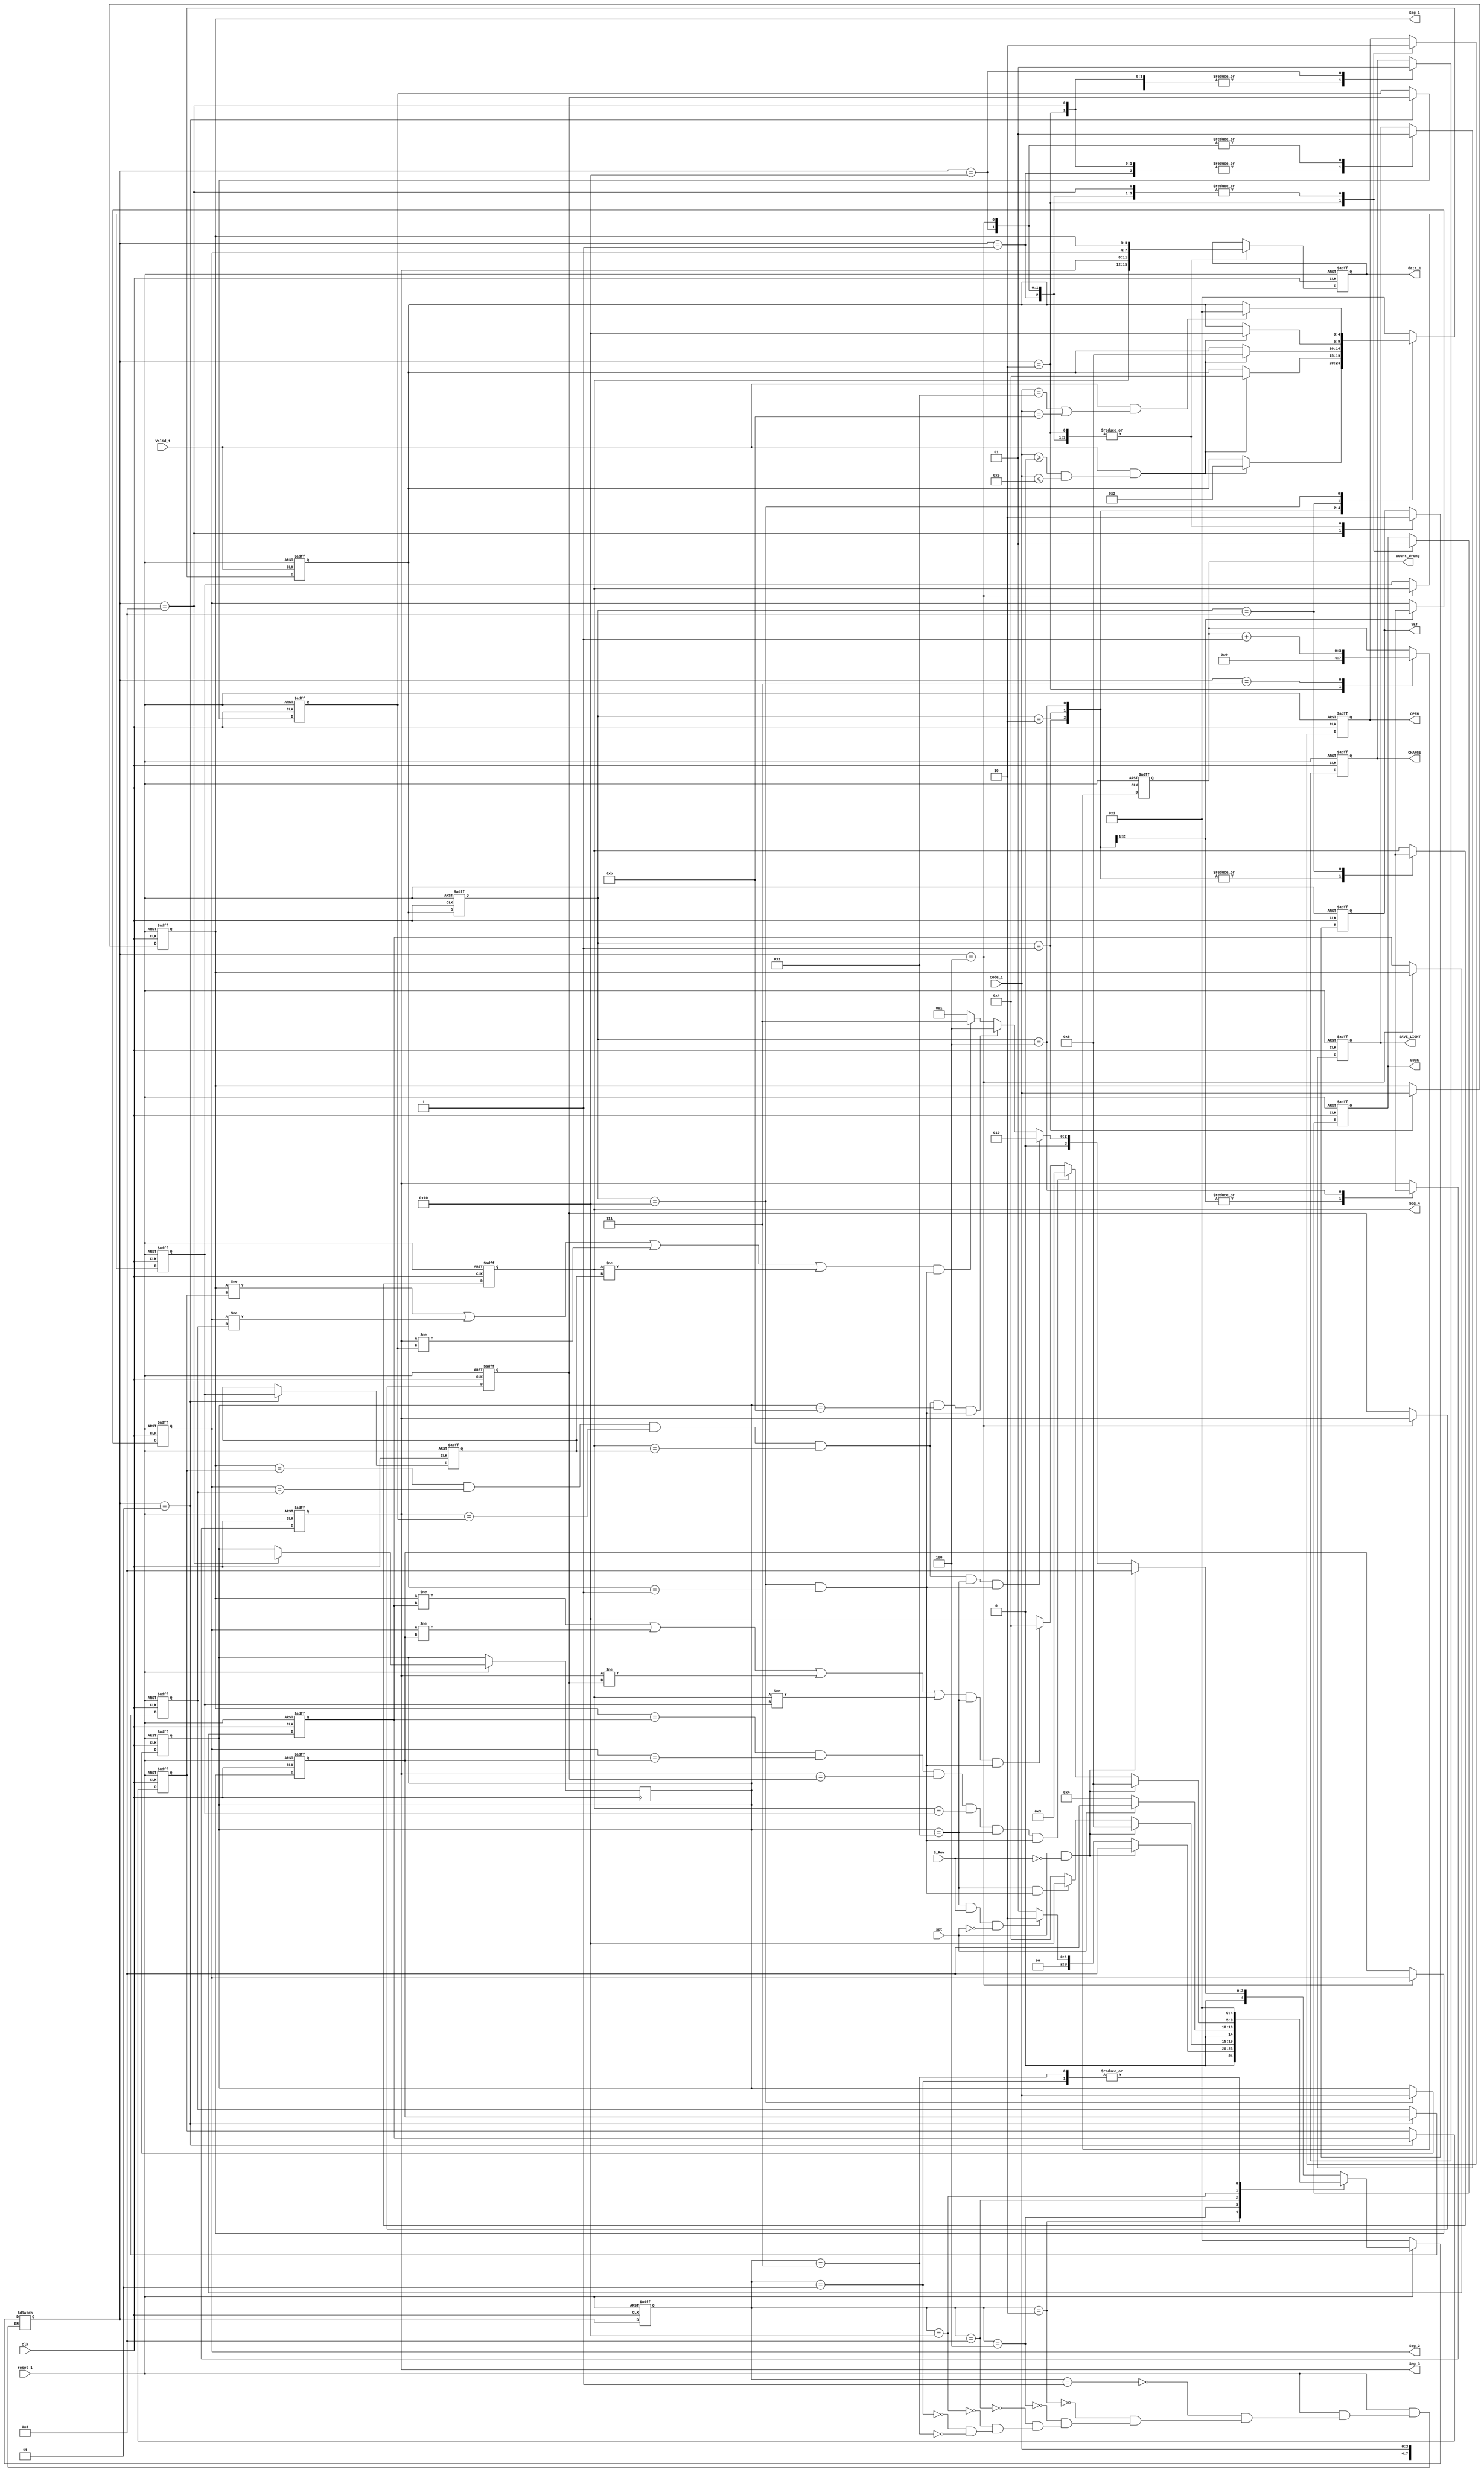
//////////////////////////////////////////////////////////////////////////////////
// Company: 
// Engineer: 
// 
// Design Name: 
// Module Name: decider
// Project Name: 
// Target Devices: 
// Tool Versions: 
// Description: 
// 
// Dependencies: 
// 
// Revision:
// Revision 0.01 - File Created
// Additional Comments:
// 
//////////////////////////////////////////////////////////////////////////////////
//code    #      *      0       1      2       3        4        5        6         7        8        9
//       1010  1011    0000   0001    0010   0011     0100     0101     0110      0111      1000     1001
module decider(
    input reset_1,       
    input clk,
    input [3:0] Code_1,             //scanned key 
    input Valid_1,                  //key valid     
    input set,
    input S_Row,
    
    output reg OPEN,
    output reg LOCK,
    output reg SAVE_LIGHT,
    output reg SET,
    output reg CHANGE,
    output reg [15:0] data_1,        //4key x 4bit
    output reg [3:0] count_Wrong,
    output     [3:0] Seg_1,
    output     [3:0] Seg_2,
    output     [3:0] Seg_3,
    output     [3:0] Seg_4
);
                                           
reg [4:0] state_1;
reg [4:0] next_state_1;
reg [4:0] state_2;
reg [4:0] next_state_2;
reg [3:0] RAM [0:9];    //10x 4bits RAM
reg [3:0] RAM_1 [0:3];   //4x 4bits RAM
integer i;
wire WAIT_Done;

parameter B_0=5'b00001;   //LOCK
parameter B_1=5'b00010;   //OPEN 
parameter B_2=5'b00100;   //SAVE
parameter B_3=5'b01000;   //SET
parameter B_4=5'b10000;   //CHANGE
parameter B_5=5'b00011;  
parameter B_6=5'b00111;   

parameter WAIT_KEY1=5'b00001;   //KEY1
parameter WAIT_KEY2=5'b00010;   //KEY2
parameter WAIT_KEY3=5'b00100;   //KEY3
parameter WAIT_KEY4=5'b01000;   //KEY4
parameter WAIT_KEY5=5'b10000;   //KEY_OP

assign WAIT_Done = (state_2 == WAIT_KEY5)&&(next_state_2 == WAIT_KEY1);
assign Seg_1 = RAM[1];
assign Seg_2 = RAM[2];
assign Seg_3 = RAM[3];
assign Seg_4 = RAM[4];

always @(posedge clk or negedge reset_1) begin
    if(!reset_1) begin
        state_2 <= WAIT_KEY1;
    end else
        state_2 <= next_state_2;
end

always@(posedge Valid_1 or negedge reset_1) begin  //change state at each up-rising of Valid_1
	if(!reset_1)
		next_state_2 <= WAIT_KEY1;
   	else begin
	    case(state_2)
	        WAIT_KEY1:begin if(Valid_1 && (Code_1 >= 0 && Code_1 <= 9)) next_state_2=WAIT_KEY2;end
	        WAIT_KEY2:begin if(Valid_1 && (Code_1 >= 0 && Code_1 <= 9)) next_state_2=WAIT_KEY3;end
	        WAIT_KEY3:begin if(Valid_1 && (Code_1 >= 0 && Code_1 <= 9)) next_state_2=WAIT_KEY4;end
	        WAIT_KEY4:begin if(Valid_1 && (Code_1 >= 0 && Code_1 <= 9)) next_state_2=WAIT_KEY5;end
	        WAIT_KEY5:begin if(Valid_1 && (Code_1 == 4'b1010 || Code_1 == 4'b1011)) next_state_2=WAIT_KEY1;end
	        default:next_state_2=WAIT_KEY1;
	    endcase
	end	
end

always@(negedge clk or negedge reset_1) begin
    if(!reset_1) begin
        for(i=0;i<5;i=i+1) RAM[i] <= 4'bxxxx;
    end
    else begin
        case(state_2)
        WAIT_KEY1:begin RAM[1]<=Code_1;RAM[2]<=4'bxxxx;RAM[3]<=4'bxxxx;RAM[4]<=4'bxxxx;end
        WAIT_KEY2:begin RAM[2]<=Code_1;RAM[3]<=4'bxxxx;RAM[4]<=4'bxxxx;end
        WAIT_KEY3:begin RAM[3]<=Code_1;RAM[4]<=4'bxxxx;end
        WAIT_KEY4:begin RAM[4]<=Code_1;end
        WAIT_KEY5:begin RAM[0]<=Code_1;end
        default:;
        endcase
    end
end

always @(posedge clk or negedge reset_1) begin
    if(!reset_1) begin
        state_1 <= B_0;
    end else
        state_1 <= next_state_1;
end

always@(*) begin
	if(!reset_1) 
		next_state_1=B_0;
    else begin
	    case(state_1)
	    B_0: begin   //LOCK state
	    if((set)&&(!S_Row))
	        next_state_1=B_3;                    //jump to SET state 
	    else if((RAM[1]==RAM_1[0])&&(RAM[2]==RAM_1[1])&&
	            (RAM[3]==RAM_1[2])&&(RAM[4]==RAM_1[3])&&
	            (RAM[0]==4'b1010) && WAIT_Done)         //if input code is the same as the initial code 
	        next_state_1=B_1; 
	    else if((RAM[1]==RAM_1[0])&&(RAM[2]==RAM_1[1])&&
	            (RAM[3]==RAM_1[2])&&(RAM[4]==RAM_1[3])&&
	            (RAM[0]==4'b1011)&& WAIT_Done)   //input the correct code and end with "*" ,jump into SAVE state
	        next_state_1=B_2;   
	    else if(((RAM[1]!=RAM_1[0])||(RAM[2]!=RAM_1[1])||
			     (RAM[3]!=RAM_1[2])||(RAM[4]!=RAM_1[3]))&& WAIT_Done)
			next_state_1=B_6;                   //if input wrong password
	    else 
	        next_state_1=B_0;                   //jump into LOCK state
	    end  
	              
	    B_1: begin  //OPEN state    
	    if((set)&&(!S_Row))
	        next_state_1=B_3;                //jump to SET state    
	    else if((RAM[0]==4'b1010) &&(S_Row)&&(!set))    //keep pushing "#" ,hold open state 
	        next_state_1=B_1;         
	    else             
	        next_state_1=B_0;               
	    end

	    B_2: begin  //SAVE state
	    if((set)&&(!S_Row))               //jump to SET state
	        next_state_1=B_3;
	    else if((RAM[0]==4'b1010)&&WAIT_Done)   //first input password end with '#'
	        next_state_1=B_4;
	    else
	        next_state_1=B_2;
	    end

	    B_3: begin  //SET state
	    if(!set)   
	        next_state_1=B_2;
	    else
	        next_state_1=B_3;
	    end

	    B_4: begin  //CHANGE state
	    if((set)&&(!S_Row))               //jump to SET state
	        next_state_1=B_3;
	    else if((RAM[1]==RAM[6])&&(RAM[2]==RAM[7])&&
	            (RAM[3]==RAM[8])&&(RAM[4]==RAM[9])&&    //if second input password same as first
	            (RAM[0]==4'b1010)&&WAIT_Done)
	        next_state_1=B_5;
        else if(((RAM[1]!=RAM[6])||(RAM[2]!=RAM[7])||
        		 (RAM[3]!=RAM[8])||(RAM[4]!=RAM[9]))&&    //if second input password not same as first
            	(RAM[0]==4'b1010)&&WAIT_Done)
        	next_state_1=B_2;
	    else
	        next_state_1=B_4;
	    end

	    B_5: begin
	        next_state_1=B_0;
	    end

	    B_6: begin
	    	next_state_1=B_0;
	    end
	    endcase
    end
end

always@(posedge clk or negedge reset_1) begin
    if(!reset_1) begin
        OPEN<=1'b0;
        SAVE_LIGHT<=1'b0;
        LOCK<=1'b1;
        SET<=1'b0;
        CHANGE<=1'b0;
        data_1 <= 16'h0000;
        count_Wrong <= 4'b0000;
        for(i=6;i<10;i=i+1) RAM[i] <= 0;
        RAM_1[0] = 4'b0010;     //2
        RAM_1[1] = 4'b0100;     //4
        RAM_1[2] = 4'b0011;     //3
        RAM_1[3] = 4'b0010;     //2
    end 
    else begin
        case(next_state_1)
        B_0: begin
	        OPEN<=1'b0;
	        SAVE_LIGHT<=1'b0;
	        LOCK<=1'b1;
	        SET<=1'b0;
	        CHANGE<=1'b0;
	        data_1<={RAM[4],RAM[3],RAM[2],RAM[1]};
        end

        B_1: begin
	        OPEN<=1'b1;
	        SAVE_LIGHT<=1'b0;
	        LOCK<=1'b0;
	        SET<=1'b0;
	        CHANGE<=1'b0;
	        count_Wrong <= 4'b0000;
	        data_1<={RAM[4],RAM[3],RAM[2],RAM[1]};
        end

        B_2: begin
	        OPEN<=1'b0;
	        SAVE_LIGHT<=1'b1;
	        LOCK<=1'b1;
	        SET<=1'b0;		
	        CHANGE<=1'b0;	
	        RAM[6]<=RAM[1];RAM[7]<=RAM[2];
	        RAM[8]<=RAM[3];RAM[9]<=RAM[4];
	        data_1<={RAM[4],RAM[3],RAM[2],RAM[1]};
        end
        
        B_3: begin
	        OPEN<=1'b0;
	        SAVE_LIGHT<=1'b0;
	        LOCK<=1'b1;
	        SET<=1'b1;
	        CHANGE<=1'b0;
	        RAM[0]=4'bxxxx;
        end
   
        B_4: begin
	        OPEN<=1'b0;
	        SAVE_LIGHT<=1'b1;
	        LOCK<=1'b1;
	        SET<=1'b0;
	        CHANGE<=1'b1;
	        data_1<={RAM[4],RAM[3],RAM[2],RAM[1]};
        end

        B_5: begin
        	RAM_1[0]<= RAM[6];RAM_1[1]<= RAM[7];
	        RAM_1[2]<= RAM[8];RAM_1[3]<= RAM[9];        
        end

        B_6: begin
        	count_Wrong = count_Wrong + 1;
        end
        endcase
    end
end

endmodule